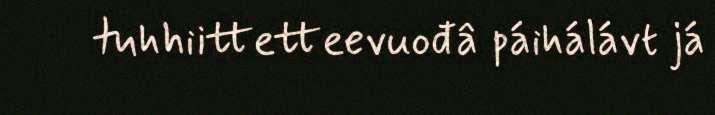
tuhhiittetteevuođâ páihálávt já